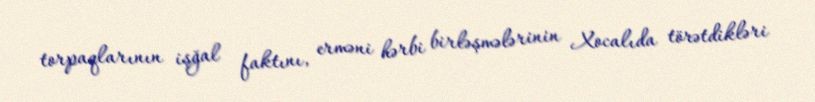
torpaqlarının işğal faktını, erməni hərbi birləşmələrinin Xocalıda törətdikləri